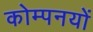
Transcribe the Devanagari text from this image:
कोम्पनयों